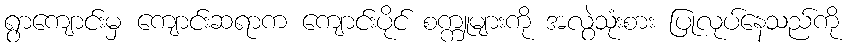
ရွာကျောင်းမှ ကျောင်းဆရာက ကျောင်းပိုင် စက္ကူများကို အလွဲသုံးစား ပြုလုပ်နေသည်ကို